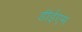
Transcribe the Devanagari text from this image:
डीईएम